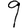
Digit: 9